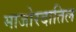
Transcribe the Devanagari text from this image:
माजोरदातिल